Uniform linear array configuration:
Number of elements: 4
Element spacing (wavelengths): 0.75
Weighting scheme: blackman
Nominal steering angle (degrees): -60
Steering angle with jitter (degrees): -61.343
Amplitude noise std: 0.05
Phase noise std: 0.05

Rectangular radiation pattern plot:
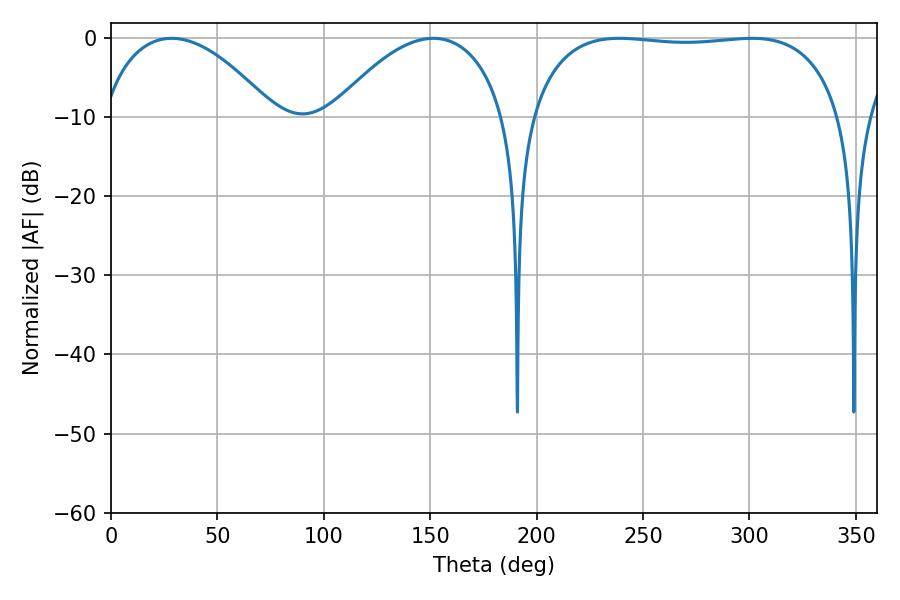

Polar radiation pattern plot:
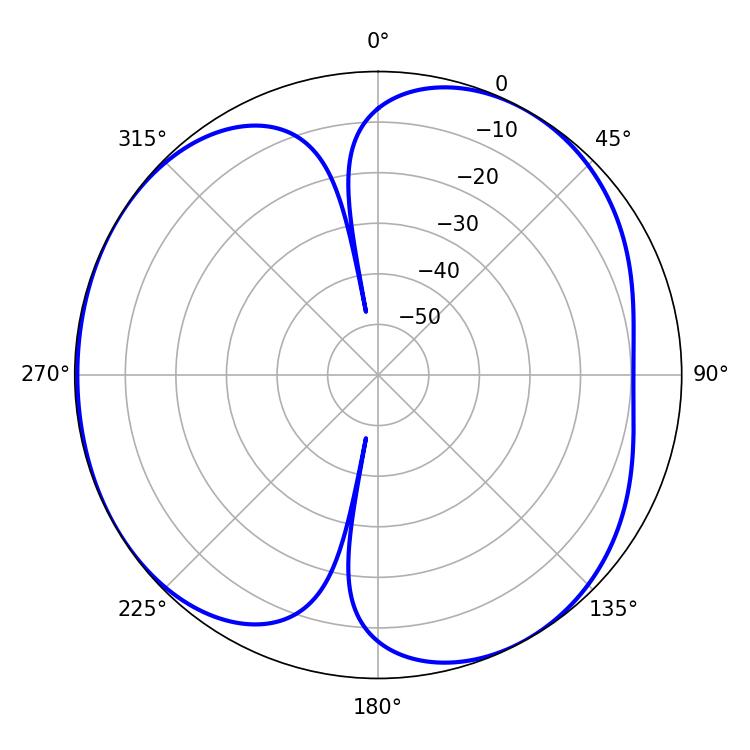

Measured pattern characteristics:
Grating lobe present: TRUE
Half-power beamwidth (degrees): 116.64
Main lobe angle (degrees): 301.14